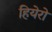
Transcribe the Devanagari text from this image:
हियेरो